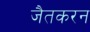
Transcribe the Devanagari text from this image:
जैतकरन